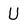
Character: U